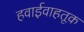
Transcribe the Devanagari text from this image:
हवाईवाहतूक